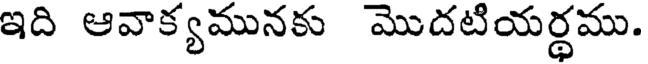
ఇది ఆవాక్యమునకు మొదటియర్థము.